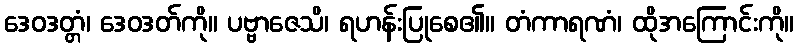
ဒေဝဒတ္တံ၊ ဒေဝဒတ်ကို။ ပဗ္ဗာဇေသိ၊ ရဟန်းပြုစေ၏။ တံကာရဏံ၊ ထိုအကြောင်းကို။